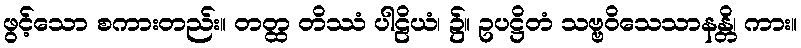
ဖွင့်သော စကားတည်း။ တတ္ထ တိဿံ ပါဠိယံ၊ ၌။ ဥပဋ္ဌိတံ သဗ္ဗဝိသေသာနန္တိ၊ ကား။